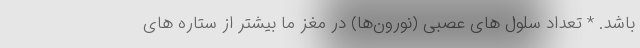
باشد. * تعداد سلول های عصبی (نورون‌ها) در مغز ما بیشتر از ستاره های